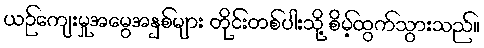
ယဉ်ကျေးမှုအမွေအနှစ်များ တိုင်းတစ်ပါးသို့ စိမ့်ထွက်သွားသည်။